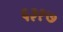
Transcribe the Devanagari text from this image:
६३१७